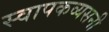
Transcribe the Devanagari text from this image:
स्वापकव्यसनी